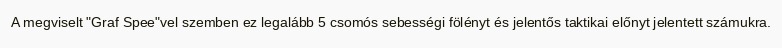
A megviselt "Graf Spee"vel szemben ez legalább 5 csomós sebességi fölényt és jelentős taktikai előnyt jelentett számukra.